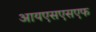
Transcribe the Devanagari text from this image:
आयएसएसएफ